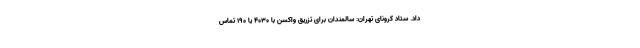
داد. ستاد کرونای تهران: سالمندان برای تزریق واکسن با ۴۰۳۰ یا ۱۹۰ تماس